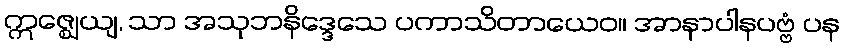
ဣဇ္ဈေယျ, သာ အသုဘနိဒ္ဒေသေ ပကာသိတာယေဝ။ အာနာပါနပဗ္ဗံ ပန